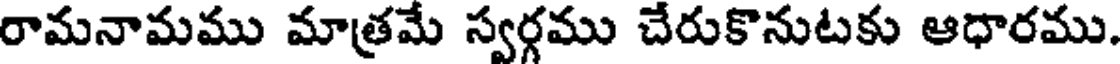
రామనామము మాత్రమే స్వర్గము చేరుకొనుటకు ఆధారము.